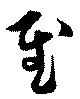
慰